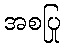
အစပြု